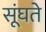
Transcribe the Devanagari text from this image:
सूंघते